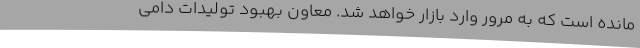
مانده است که به مرور وارد بازار خواهد شد. معاون بهبود تولیدات دامی